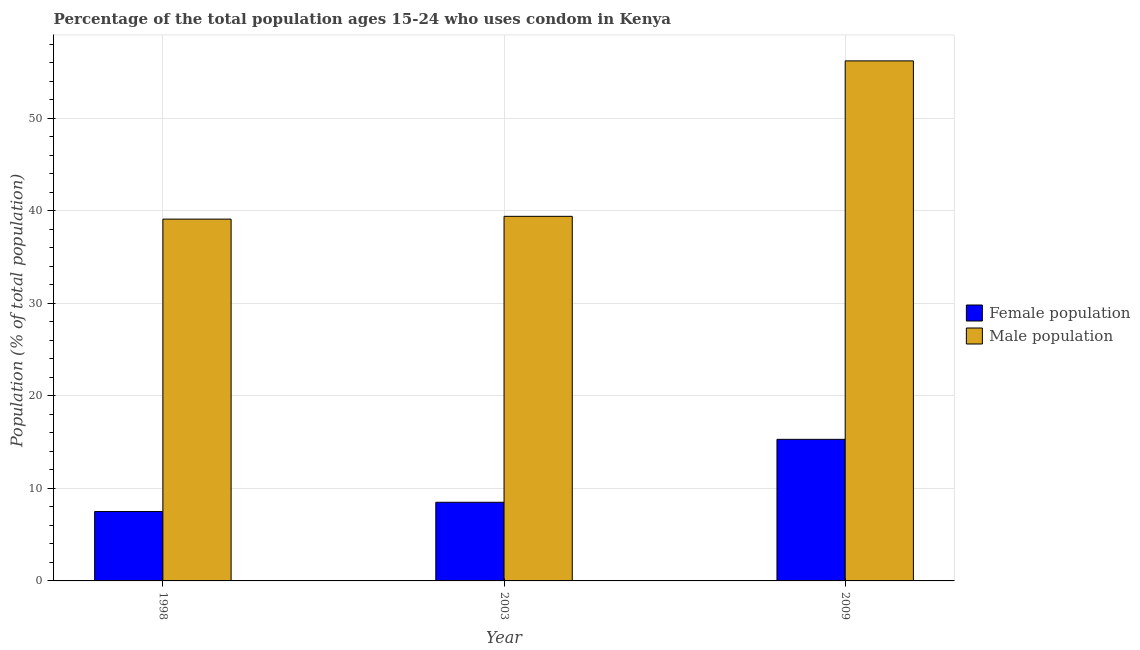
| Year | Female population | Male population |
 | --- | --- | --- |
 | 1998 | 7.5 | 39.1 |
 | 2003 | 8.5 | 39.4 |
 | 2009 | 15.3 | 56.2 |